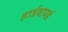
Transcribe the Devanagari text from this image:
हार्डवायर्ड